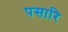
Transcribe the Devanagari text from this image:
पसारि